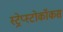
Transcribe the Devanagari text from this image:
स्ट्रेप्स्टोकॉकस